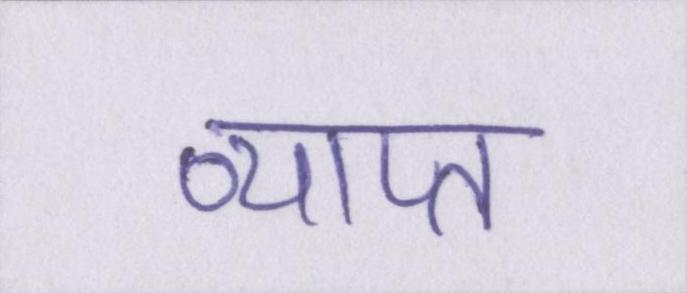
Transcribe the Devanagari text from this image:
व्याप्त